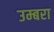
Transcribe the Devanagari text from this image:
उम्बरा